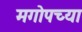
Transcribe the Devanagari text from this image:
मगोपच्या